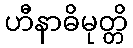
ဟီနာဓိမုတ္တိ